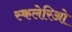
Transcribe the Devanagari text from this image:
स्कलेरिओ